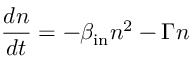
\frac { d n } { d t } = - \beta _ { \mathrm { { i n } } } n ^ { 2 } - \Gamma n